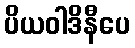
ပိယဝါဒိနီပေ